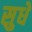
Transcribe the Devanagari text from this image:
सुधे